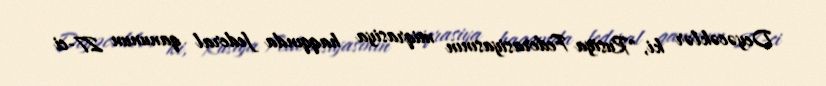
Deyəcəklər ki, "Rusiya Federasiyasının miqrasiya haqqında federal qanunun 27-ci